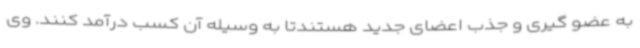
به عضو گیری و جذب اعضای جدید هستندتا به وسیله آن کسب درآمد کنند. وی